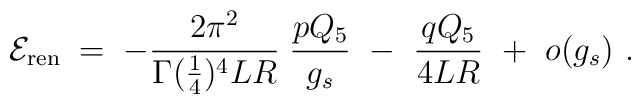
{\cal E}_{\rm ren}\; =\; - {2  \pi^2 \over \Gamma({1\over 4})^4 L R}\;{pQ_5\over  g_s} \  - \  {q Q_5\over 4LR} \  +\  o(g_s)\ .